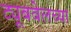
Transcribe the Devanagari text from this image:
ट्यूबवेलच्या